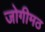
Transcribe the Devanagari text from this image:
जोगीमठ